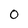
Character: 0